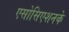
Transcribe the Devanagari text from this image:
एसोसिएशनके